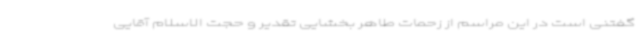
گفتنی است در این مراسم از زحمات طاهر بخشایی تقدیر و حجت الاسلام آقایی